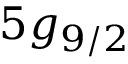
5 g _ { 9 / 2 }